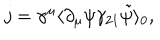
j = \gamma ^ { \mu } \langle \partial _ { \mu } \psi \gamma _ { 2 1 } \tilde { \psi } \rangle _ { 0 } ,